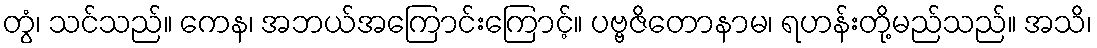
တွံ၊ သင်သည်။ ကေန၊ အဘယ်အကြောင်းကြောင့်။ ပဗ္ဗဇိတောနာမ၊ ရဟန်းတို့မည်သည်။ အသိ၊